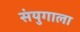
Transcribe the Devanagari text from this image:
संयुगाला